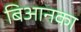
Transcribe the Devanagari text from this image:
बिआनका